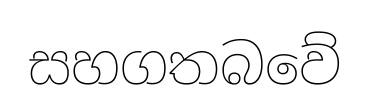
සහගතබවේ